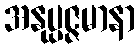
အနုပ္ပဇ္ဇမာနာ